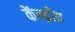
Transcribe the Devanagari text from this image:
केंन्‍द्रीय